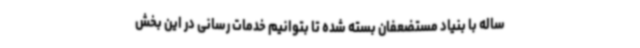
ساله با بنیاد مستضعفان بسته شده تا بتوانیم خدمات رسانی در این بخش